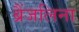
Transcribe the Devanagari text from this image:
ब्रैंजलिना